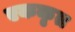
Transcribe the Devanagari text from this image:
एककृत